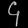
Digit: ၄